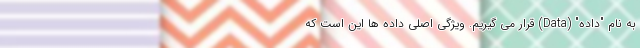
به نام "داده" (Data) قرار می گیریم. ویژگی اصلی داده ها این است که